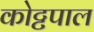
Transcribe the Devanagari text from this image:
कोट्टपाल